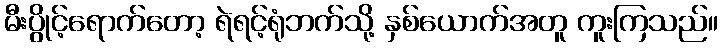
မီးပွိုင့်ရောက်တော့ ရဲရင့်ရုံဘက်သို့ နှစ်ယောက်အတူ ကူးကြသည်။